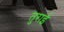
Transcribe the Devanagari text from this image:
तुराई